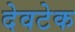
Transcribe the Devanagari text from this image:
देवटेक